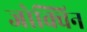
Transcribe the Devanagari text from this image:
जोक्विन